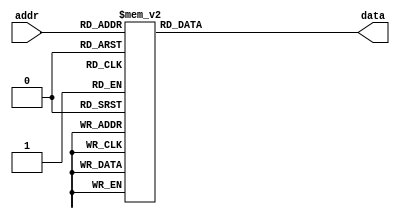
module lut_sine(
	input [4:0] addr,
	output reg [7:0] data
);

function [7:0] data_line;
	input [4:0] addr;
	begin
		case(addr)
			0: data_line = 3;	1: data_line = 9;
			2: data_line = 16;	3: data_line = 22;
			4: data_line = 28;	5: data_line = 34;
			6: data_line = 40;	7: data_line = 46;
			8: data_line = 51;	9: data_line = 57;
			10: data_line = 63;	11: data_line = 68;
			12: data_line = 73;	13: data_line = 78;
			14: data_line = 83;	15: data_line = 88;
			16: data_line = 92;	17: data_line = 96;
			18: data_line = 100;	19: data_line = 104;
			20: data_line = 107;	21: data_line = 111;
			22: data_line = 113;	23: data_line = 116;
			24: data_line = 118;	25: data_line = 121;
			26: data_line = 122;	27: data_line = 124;
			28: data_line = 125;	29: data_line = 126;
			30: data_line = 127;	31: data_line = 127;
		endcase
	end
endfunction

always @(*) begin
	data = data_line(addr);
end
endmodule